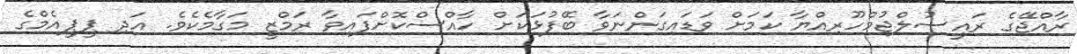
ރާއްޖޭގެ ރައީސުލްޖުމްހޫރިއްޔާ ކަމަށް ވަޑައިގަންނަވާ ބޭފުޅަކަށް ހާއްސްކޮށްފައިވާ ރަމްޒީ މަގާމެކެވެ. އަދި ޕީޕީއެމްގެ